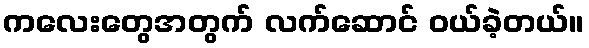
ကလေးတွေအတွက် လက်ဆောင် ဝယ်ခဲ့တယ်။